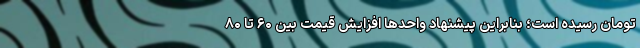
تومان رسیده است؛ بنابراین پیشنهاد واحدها افزایش قیمت بین ۶۰ تا ۸۰